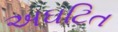
અઘટિત